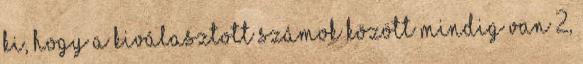
ki, hogy a kiválasztott számok között mindig van 2,